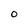
Character: 0